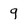
Character: 9